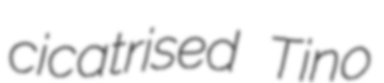
cicatrised Tino